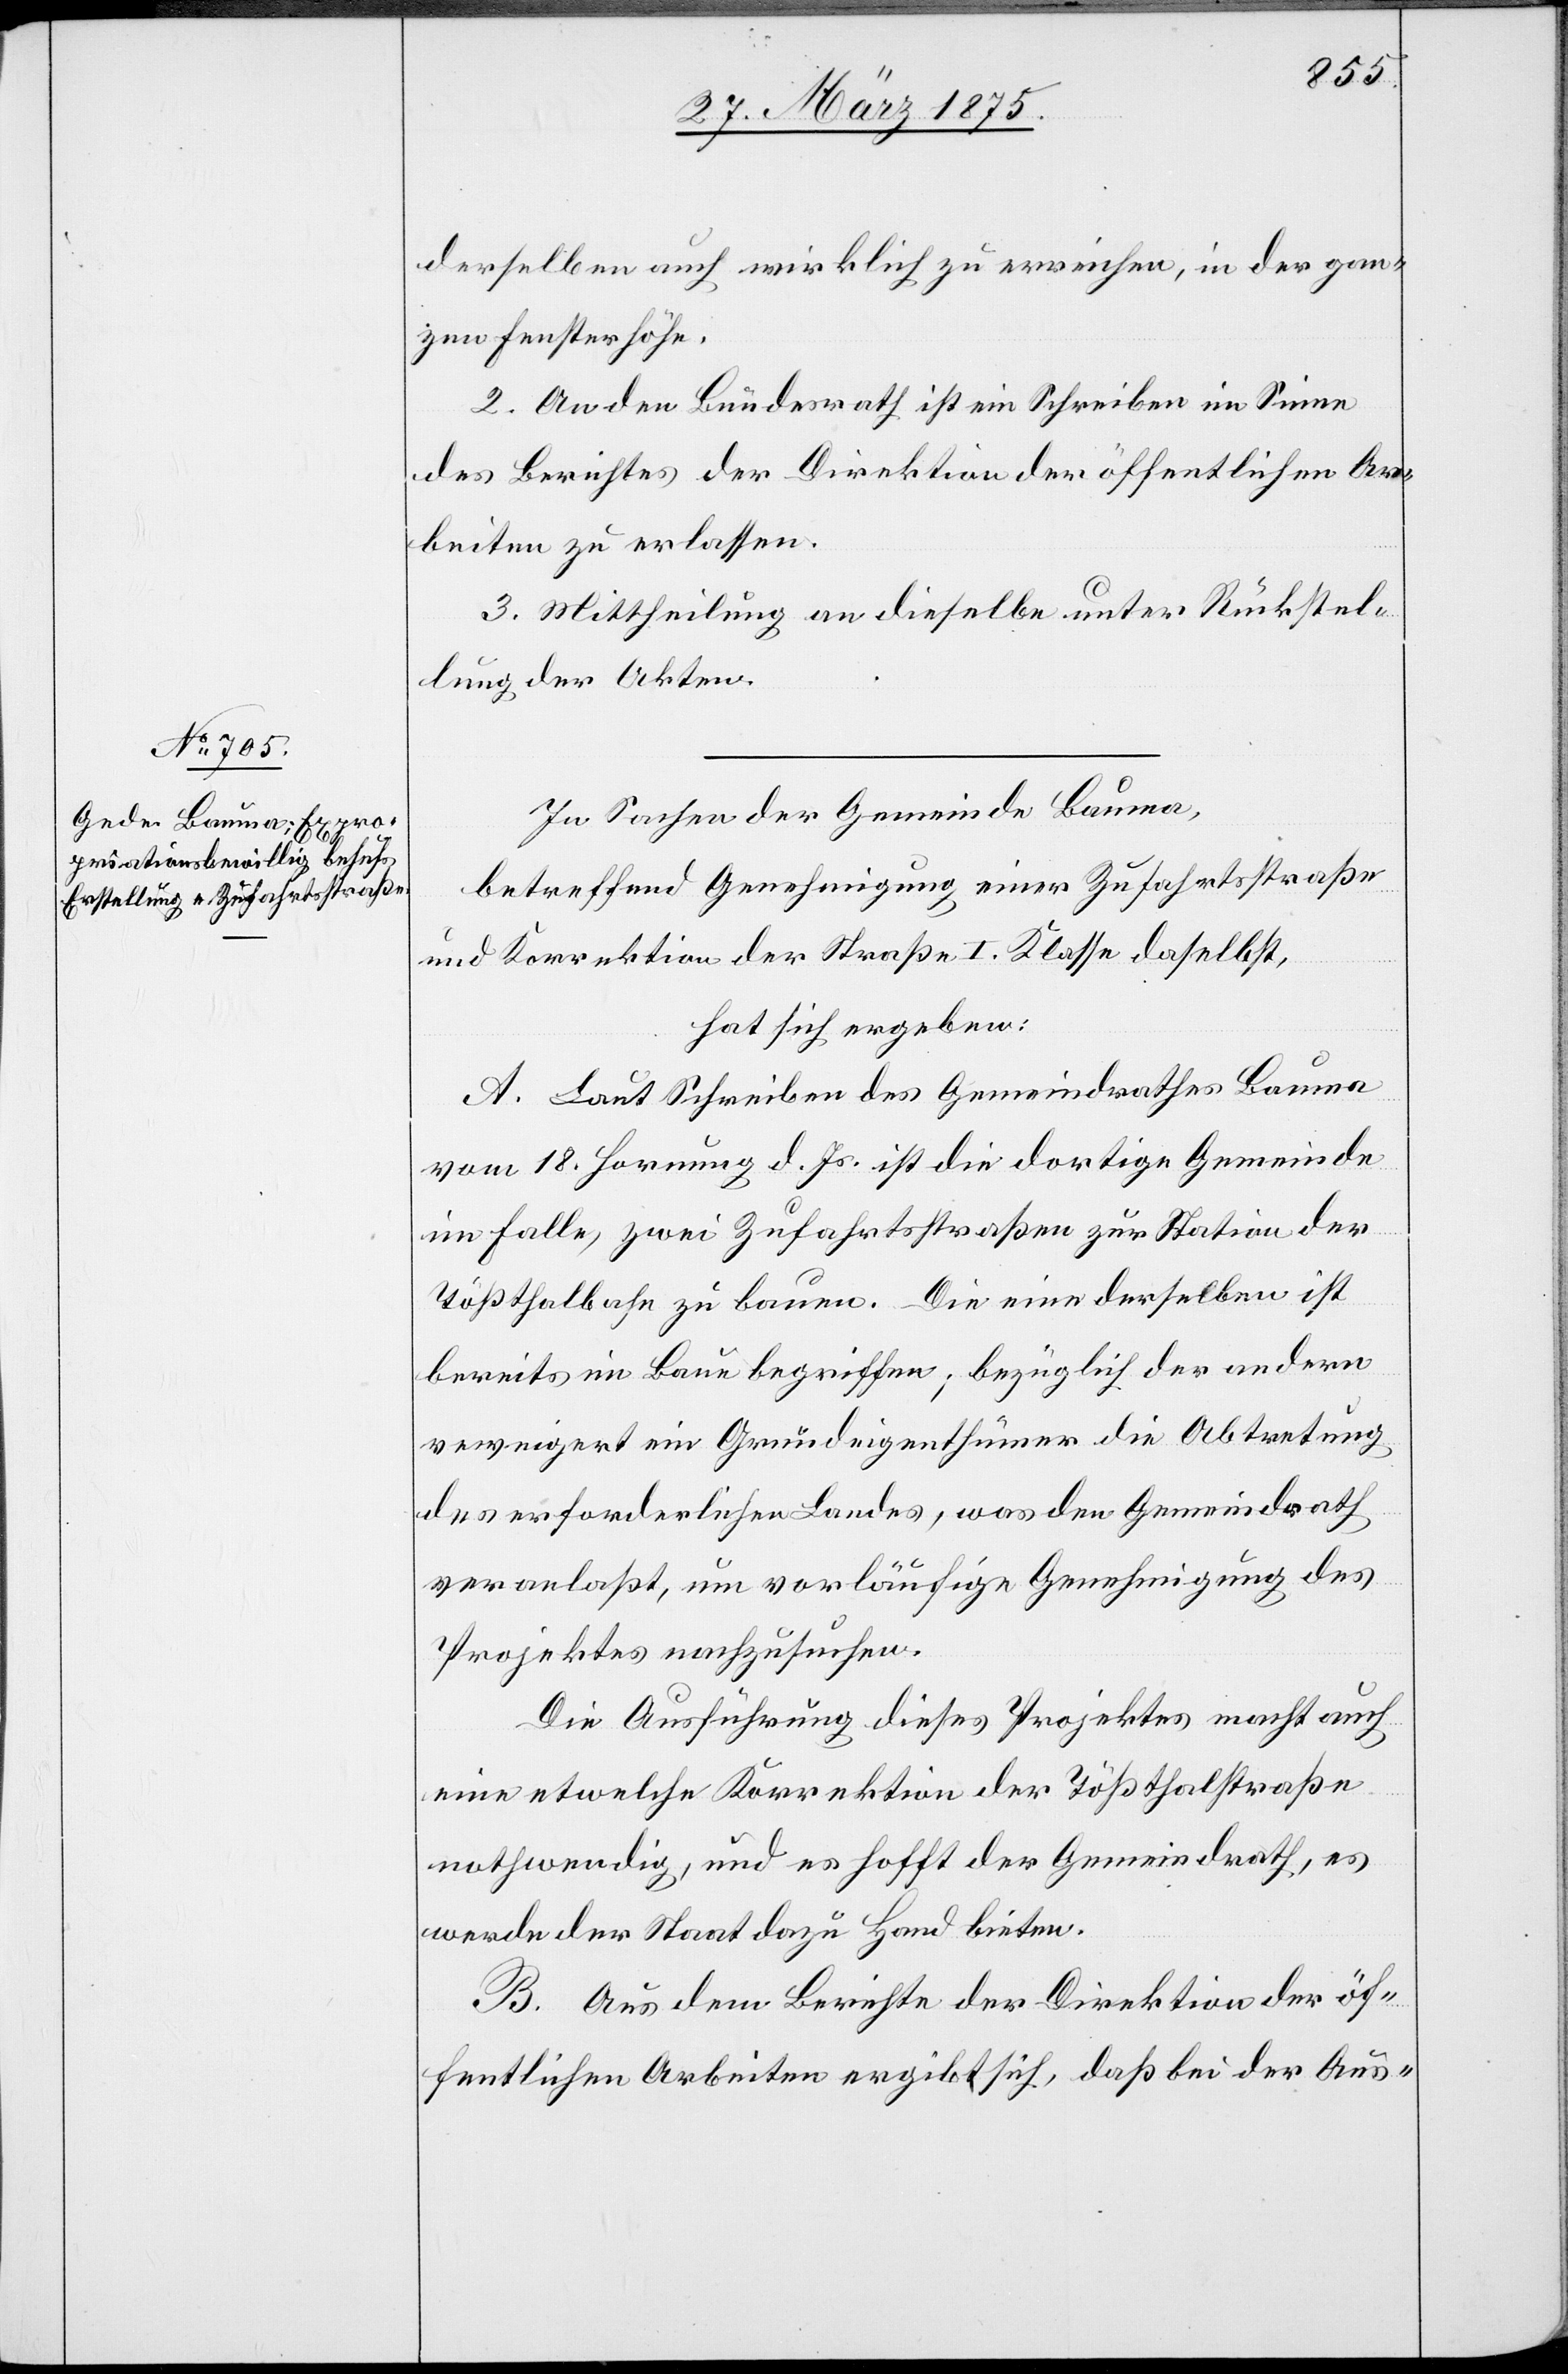
derselben auch wirklich zu erreichen, in der gan¬
zen Fensterhöhe.
2. An den Bundesrath ist ein Schreiben im Sinne
des Berichtes der Direktion der öffentlichen Ar¬
beiten zu erlassen.
3. Mittheilung an dieselbe unter Rückstel¬
lung der Akten.
In Sachen der Gemeinde Bauma,
betreffend Genehmigung einer Zufahrtsstraße
und Korrektion der Straße I. Klasse daselbst,
hat sich ergeben:
A. Laut Schreiben des Gemeindrathes Bauma
vom 18. Hornung d. Js. ist die dortige Gemeinde
im Falle, zwei Zufahrtsstraßen zur Station der
Tößthalbahn zu bauen. Die eine derselben ist
bereits im Bau begriffen, bezüglich der andern
verweigert ein Grundeigenthümer die Abtretung
des erforderlichen Landes, was den Gemeindrath
veranlaßt, um vorläufige Genehmigung des
Projektes nachzusuchen.
Die Ausführung dieses Projektes macht auch
eine etwelche Korrektion der Tößthalstraße
nothwendig, und es hofft der Gemeindrath, es
werde der Staat dazu Hand bieten.
B. Aus dem Berichte der Direktion der öf¬
fentlichen Arbeiten ergibt sich, daß bei der Aus-